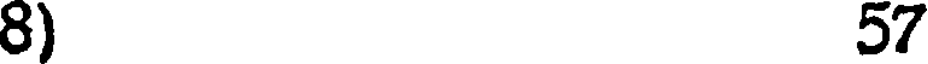
8) 57